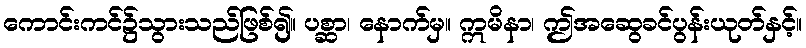
ကောင်းကင်၌သွားသည်ဖြစ်၍။ ပစ္ဆာ၊ နောက်မှ။ ဣမိနာ၊ ဤအဆွေခင်ပွန်းယုတ်နှင့်။